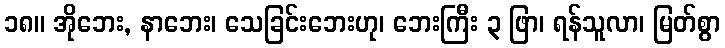
၁၈။ အိုဘေး, နာဘေး၊ သေခြင်းဘေးဟု၊ ဘေးကြီး ၃ ဖြာ၊ ရန်သူလာ၊ မြတ်စွာ